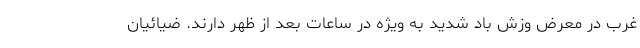
غرب در معرض وزش باد شدید به ویژه در ساعات بعد از ظهر دارند. ضیائیان